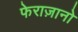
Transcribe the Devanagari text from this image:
फेराज़ानो